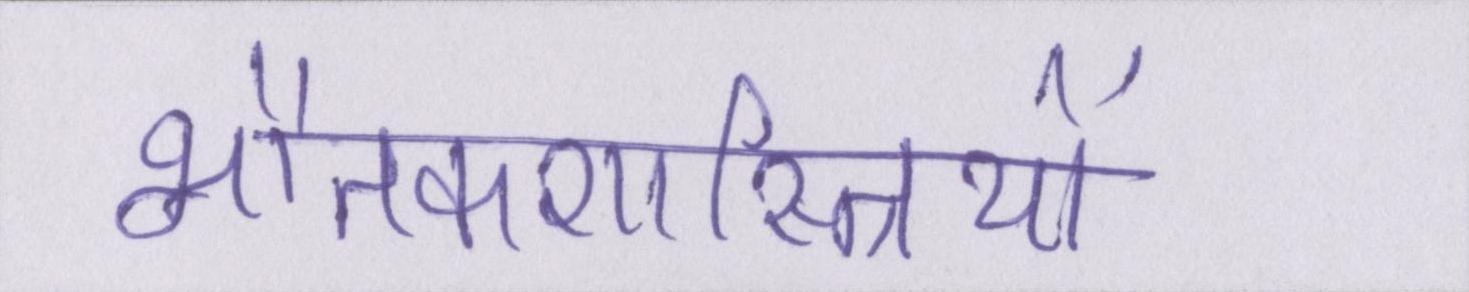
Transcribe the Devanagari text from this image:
भौतकशास्त्रियों